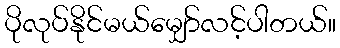
ပိုလုပ်နိုင်မယ်မျှော်လင့်ပါတယ်။